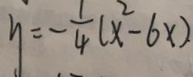
y = - \frac { 1 } { 4 } ( x ^ { 2 } - 6 x )